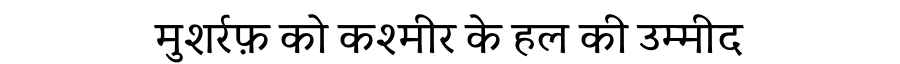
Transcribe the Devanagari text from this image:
मुशर्रफ़ को कश्मीर के हल की उम्मीद